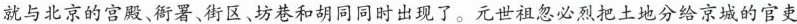
就与北京的宫殿、衙署、街区、坊巷和胡同同时出现了。元世祖忽必烈把土地分给京城的官吏